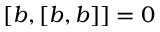
[ b , [ b , b ] ] = 0